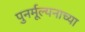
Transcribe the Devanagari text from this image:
पुनर्मूल्यनाच्या